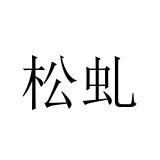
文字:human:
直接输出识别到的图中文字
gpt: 松虬